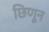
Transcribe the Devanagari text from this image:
छिणून